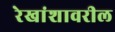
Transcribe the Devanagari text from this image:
रेखांशावरील